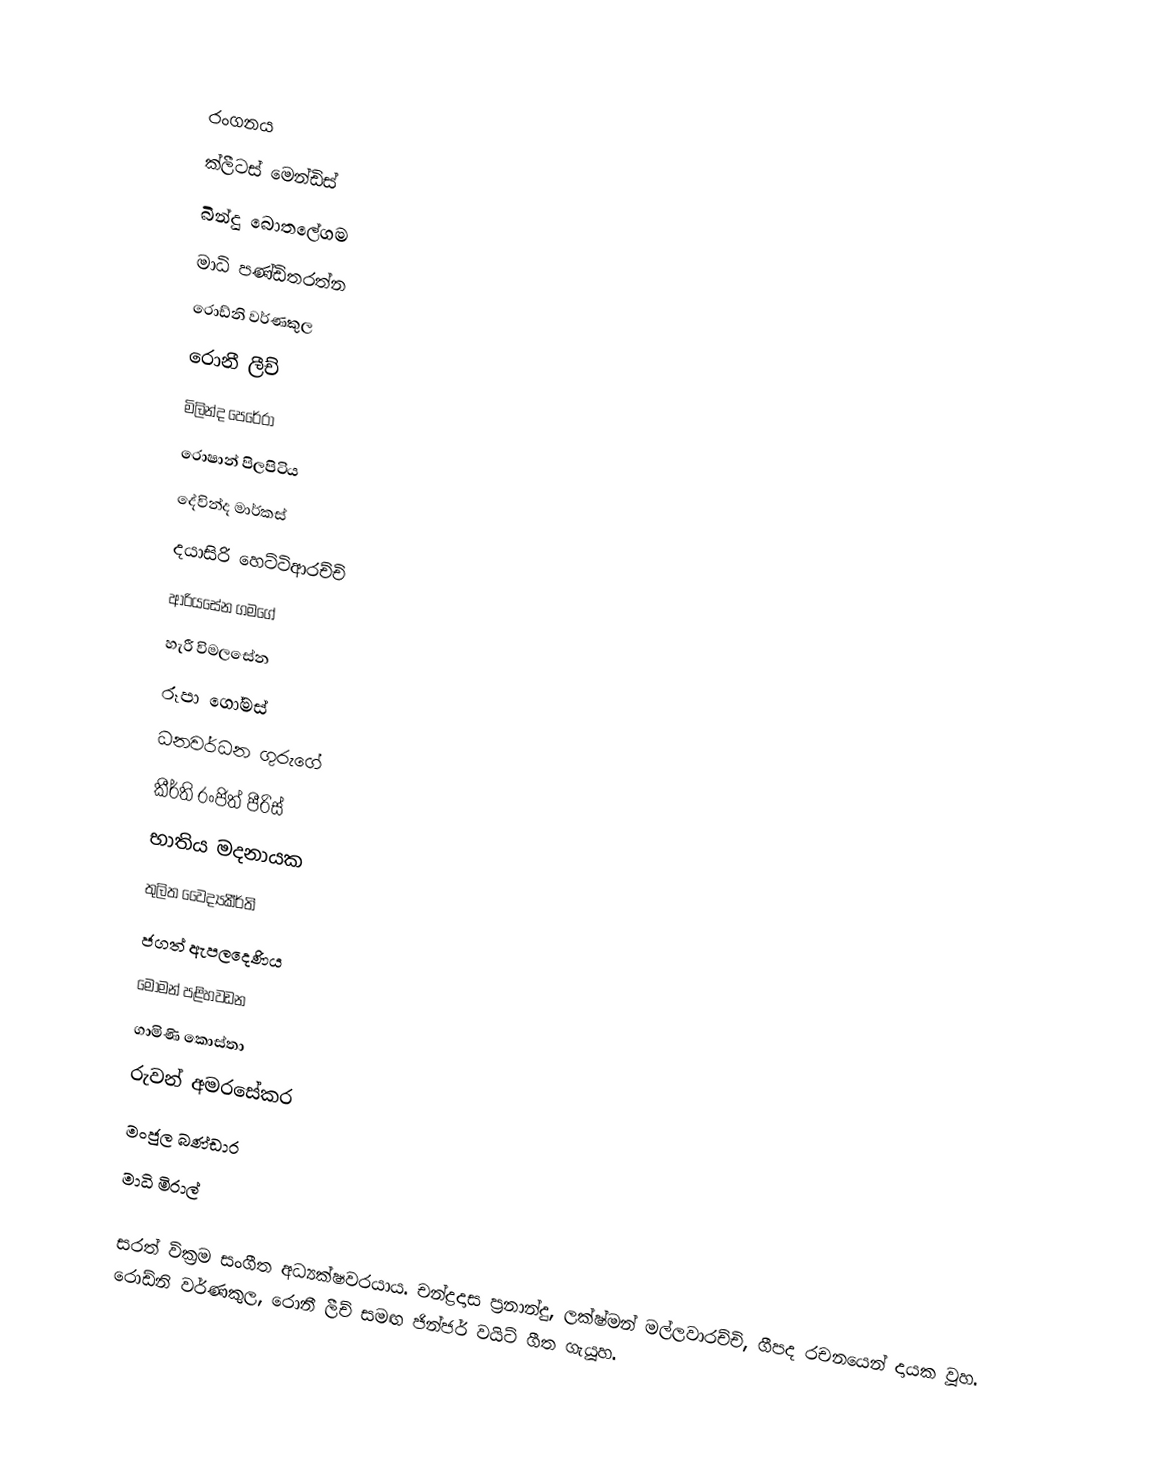

රංගනය
ක්ලීටස් මෙන්ඩිස්
බින්දු බොතලේගම
මාධි පණ්ඩිතරත්න
රොඩ්නි වර්ණකුල
රොනී ලීච්
මිලින්ද පෙරේරා
රොෂාන් පිලපිටිය
දේවින්ද මාර්කස්
දයාසිරි හෙට්ටිආරච්චි
ආරියසේන ගමගේ
හැරී විමලසේන
රූපා ගෝමස්
ධනවර්ධන ගුරුගේ
කීර්ති රංජිත් පීරිස්
භාතිය මදනායක
තුලිත වෛද්‍යකීර්ති
ජගත් ඇපලදෙණිය
මෝමන් පළිහවඩන
ගාමිණි කොස්තා
රුවන් අමරසේකර
මංජුල බණ්ඩාර
මාධි මිරාල්

සරත් වික්‍රම සංගීත අධ්‍යක්ෂවරයාය. චන්ද්‍රදාස ප්‍රනාන්දු, ලක්ෂ්මන් මල්ලවාරච්චි, ගීපද රචනයෙන් දායක වූහ. රොඩ්නි වර්ණකුල, රොනී ලීච් සමඟ ජින්ජර් වයිට් ගීත ගැයූහ.